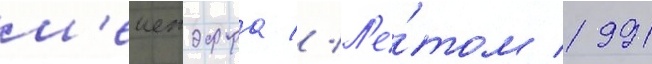
м'еиендорфа // Л'е́том 1991